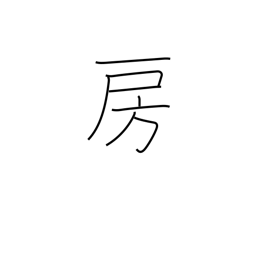
Meaning: fringe